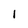
Character: 1